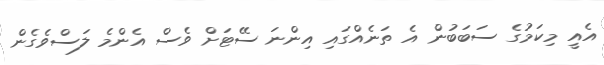
އެއީ މިކަމުގެ ސަބަބުން އެ ތަނެއްގައި އިންނަ ސޭޓަށް ވެސް އެންމެ ލަސްވެގެން